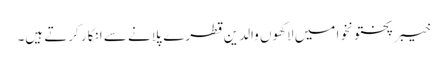
خیبرپختونخوا میں لاکھوں والدین قطرے پلانے سے انکار کرتے ہیں۔